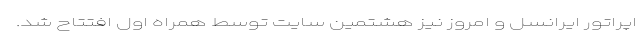
اپراتور ایرانسل و امروز نیز هشتمین سایت توسط همراه اول افتتاح شد.